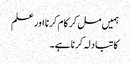
ہمیں مل کر کام کرنا اور علم
کا تبادلہ کرنا ہے۔